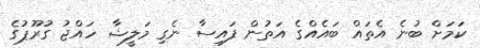
ކަމަށް ބުނެ އެތައް ބައެއްގެ އަތުން ފައިސާ ނެގި މަލީޝާ ހައްޖު ގުރޫޕުގެ